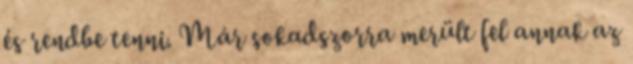
és rendbe tenni. Már sokadszorra merült fel annak az